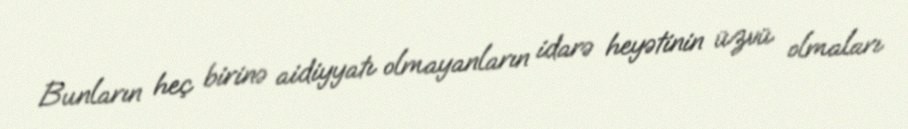
Bunların heç birinə aidiyyatı olmayanların idarə heyətinin üzvü olmaları